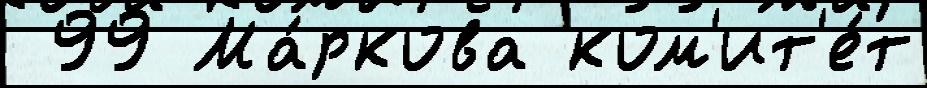
 99 Ма́ркова ком'ит'е́т